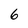
Character: 6